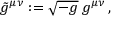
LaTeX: \tilde { g } ^ { \mu \nu } : = \sqrt { - g } \: g ^ { \mu \nu } \, ,